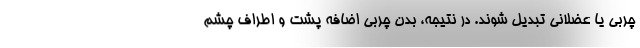
چربی یا عضلانی تبدیل شوند. در نتیجه، بدن چربی اضافه پشت و اطراف چشم